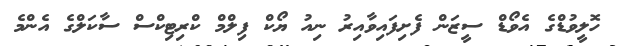
ހޮލީވުޑްގެ އެވޯޑް ސީޒަން ފެށިފައިވާއިރު ނިއު ޔޯކް ފިލްމް ކްރިޓިކްސް ސާކަލްގެ އެންމެ